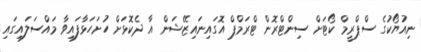
ނިއުޔޯކުގެ ސްޕްރީމް ކޯޓަށް ސިންޓްރޮން ޓްރަމްޕް އޮގައިނައިޒޭޝަން އާ ދެކޮޅަށް ހުށަހަޅާފައިވާ މައްސަލައިގައި